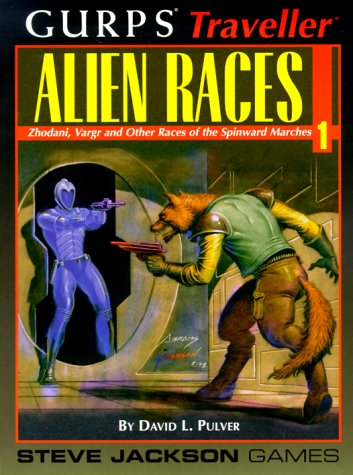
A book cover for GURPS Traveller Alien Races 1 (No. 1); David Pulver; Science Fiction & Fantasy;